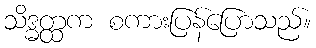
သိဒ္ဓတ္ထက စကားပြန်ပြောသည်။